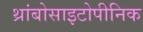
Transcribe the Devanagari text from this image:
थ्रांबोसाइटोपीनिक